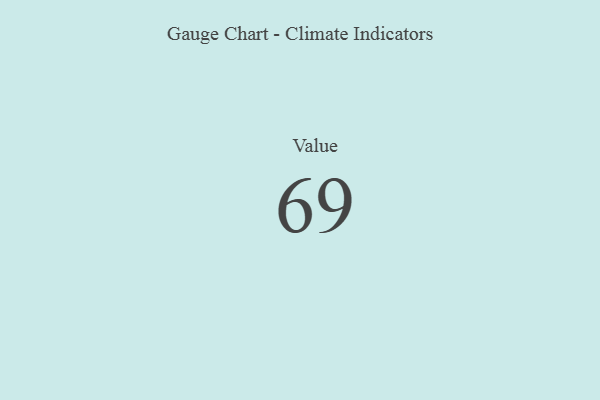
{"axis": {"x": "Metric", "y": "Value"}, "legend": [""], "data": [{"x": "Value", "y": 69, "type": ""}]}